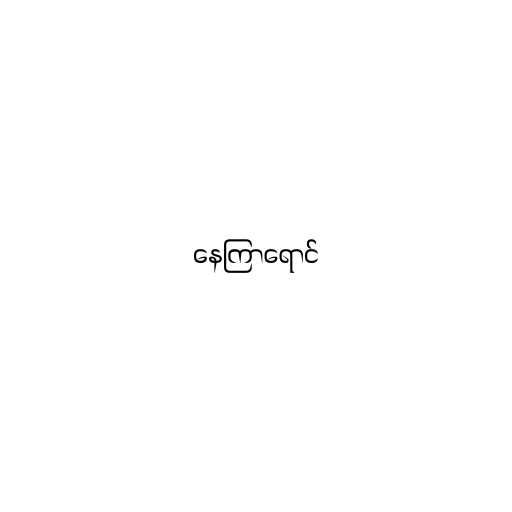
နေကြာရောင်